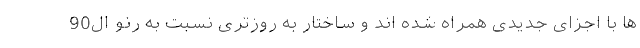
ها با اجزای جدیدی همراه شده اند و ساختار به روزتری نسبت به رنو ال90